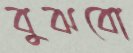
বুঝবো